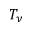
T _ { \nu }